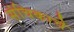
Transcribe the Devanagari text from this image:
संचिकाचे